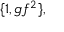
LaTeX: \{ 1 , g f ^ { 2 } \} ,